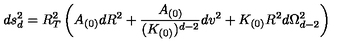
d s _ { d } ^ { 2 } = R _ { T } ^ { 2 } \left( A _ { ( 0 ) } d R ^ { 2 } + \frac { A _ { ( 0 ) } } { ( K _ { ( 0 ) } ) ^ { d - 2 } } d v ^ { 2 } + K _ { ( 0 ) } R ^ { 2 } d \Omega _ { d - 2 } ^ { 2 } \right)